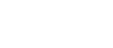
(၄) ဝတ်ပါ။